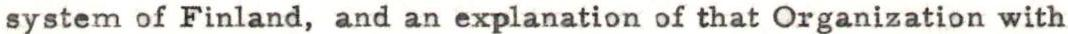
system of Finland, and an explanation of that Organization with